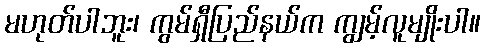
မဟုတ်ပါဘူး၊ ကွမ်ရှီပြည်နယ်က ကျွမ့်လူမျိုးပါ။